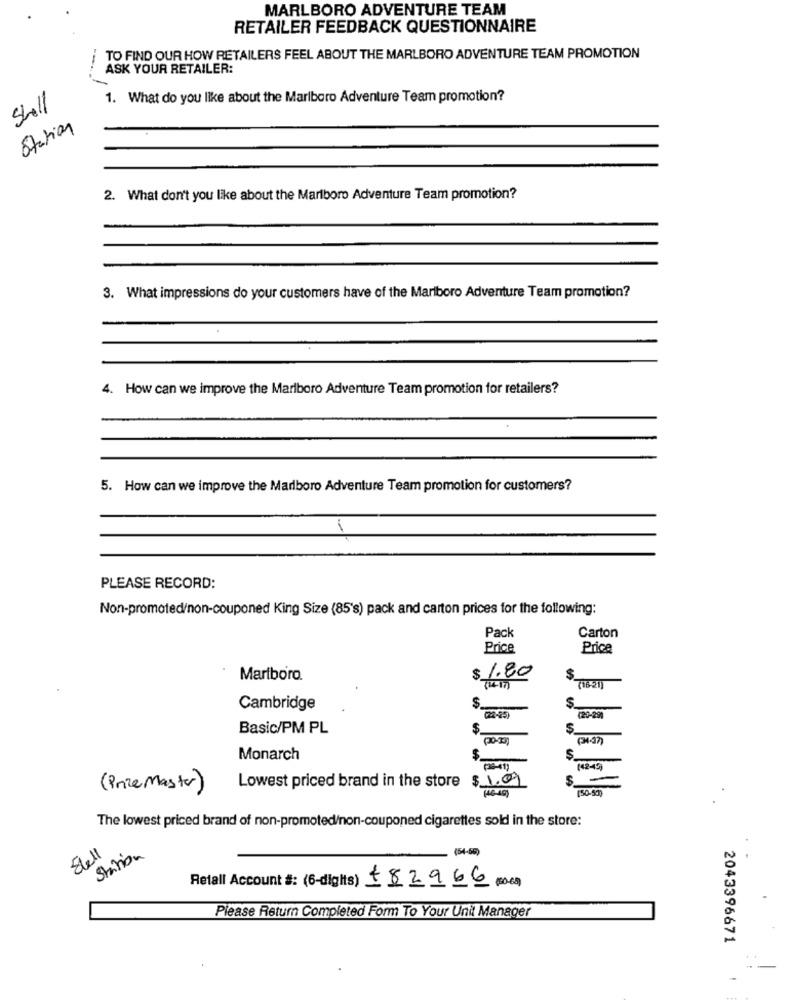
MARLBORO ADVENTURE TEAM
RETAILER FEEDBACK QUESTIONNAIRE
TO FIND OUR HOW RETAILERS FEEL ABOUT THE MARLBORO ADVENTURE TEAM PROMOTION
ASK YOUR RETAILER:
Shall
1. What do you like about the Marlboro Adventure Team promotion?
Station
2. What don't you like about the Marlboro Adventure Team promotion?
3. What impressions do your customers have of the Marlboro Adventure Team promotion?
4. How can we improve the Marlboro Adventure Team promotion for retailers?
5. How can we improve the Marlboro Adventure Team promotion for customers?
PLEASE RECORD:
Non-promoted/non-couponed King Size (85's) pack and carton prices for the following:
Pack
Carton
Price
Price
Mariboro.
$ 1.80
$
(16-21)
$.
Cambridge
22-45)
(20-29)
Basic/PM PL
$_
$.
Monarch
$.
$.
(4249)
S.
(Prize Master)
Lowest priced brand in the store $_1 ..
The lowest priced brand of non-promoted/non-couponed cigarettes sold in the store:
Sell
(54-60)
Station
Retail Account #: (6-digits) 582966 000
Please Return Completed Form To Your Unit Manager
2043396671